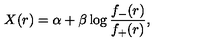
X ( r ) = \alpha + \beta \log \frac { f _ { - } ( r ) } { f _ { + } ( r ) } ,